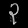
Digit: ၃